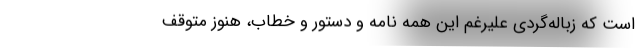
است که زباله‌گردی علیرغم این‌ همه نامه و دستور و خطاب، هنوز متوقف